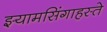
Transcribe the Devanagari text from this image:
झ्यामसिंगाहस्ते